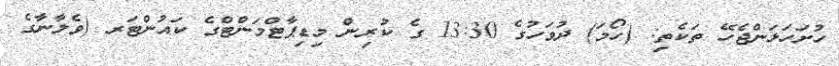
ހުށަހަޅަންޖެހޭ ތަކެތި: (ހޯމަ) ދުވަހުގެ 13:30 ގެ ކުރިން މިޑިޕާޓްމަންޓްގެ ކައުންޓަރ (ވެލާނާގެ